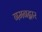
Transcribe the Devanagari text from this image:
गमनद्वार